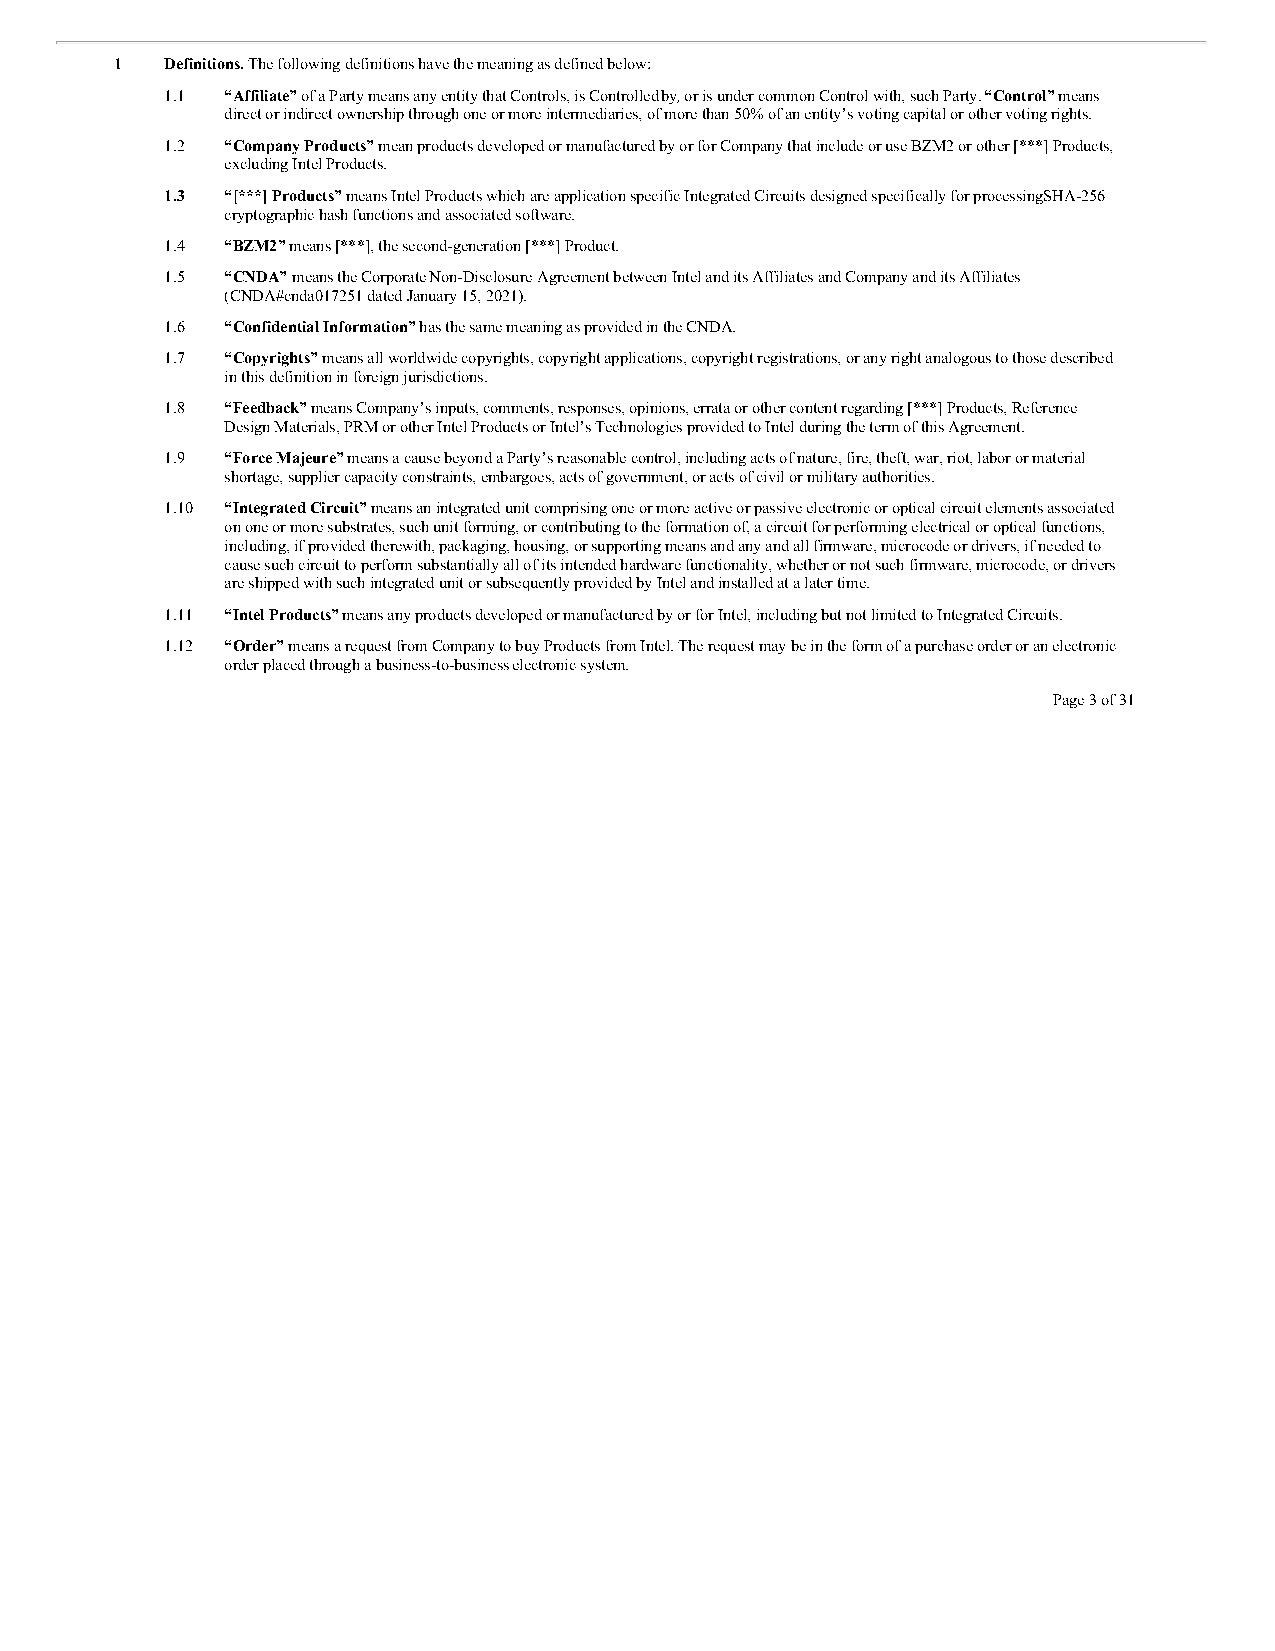
1  Definitions. The following definitions have the meaning as defined below:
 1.1 “Affiliate” of a Party means any entity that Controls, is Controlled by, or is under common Control with, such Party. “Control” means
 direct or indirect ownership through one or more intermediaries, of more than 50% of an entity’s voting capital or other voting rights.
 1.2 “Company Products” mean products developed or manufactured by or for Company that include or use BZM2 or other [***] Products,
 excluding Intel Products.
 1.3 “[***] Products” means Intel Products which are application specific Integrated Circuits designed specifically for processing SHA-256
 cryptographic hash functions and associated software.
 1.4 “BZM2” means [***], the second-generation [***] Product.
 1.5 “CNDA” means the Corporate Non-Disclosure Agreement between Intel and its Affiliates and Company and its Affiliates
 (CNDA#cnda017251 dated January 15, 2021).
 1.6 “Confidential Information” has the same meaning as provided in the CNDA.
 1.7 “Copyrights” means all worldwide copyrights, copyright applications, copyright registrations, or any right analogous to those described
 in this definition in foreign jurisdictions.
 1.8 “Feedback” means Company’s inputs, comments, responses, opinions, errata or other content regarding [***] Products, Reference
 Design Materials, PRM or other Intel Products or Intel’s Technologies provided to Intel during the term of this Agreement.
 1.9 “Force Majeure” means a cause beyond a Party’s reasonable control, including acts of nature, fire, theft, war, riot, labor or material
 shortage, supplier capacity constraints, embargoes, acts of government, or acts of civil or military authorities.
 1.10 “Integrated Circuit” means an integrated unit comprising one or more active or passive electronic or optical circuit elements associated
 on one or more substrates, such unit forming, or contributing to the formation of, a circuit for performing electrical or optical functions,
 including, if provided therewith, packaging, housing, or supporting means and any and all firmware, microcode or drivers, if needed to
 cause such circuit to perform substantially all of its intended hardware functionality, whether or not such firmware, microcode, or drivers
 are shipped with such integrated unit or subsequently provided by Intel and installed at a later time.
 1.11 “Intel Products” means any products developed or manufactured by or for Intel, including but not limited to Integrated Circuits.
 1.12 “Order” means a request from Company to buy Products from Intel. The request may be in the form of a purchase order or an electronic
 order placed through a business-to-business electronic system.
 Page 3 of 31